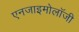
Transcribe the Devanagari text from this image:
एनजाइमोलॉजी